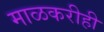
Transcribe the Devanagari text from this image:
माळकरीही